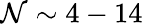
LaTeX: \mathcal{N}\sim 4-14